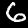
Digit: 6